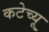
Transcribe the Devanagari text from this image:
कटेच्यू